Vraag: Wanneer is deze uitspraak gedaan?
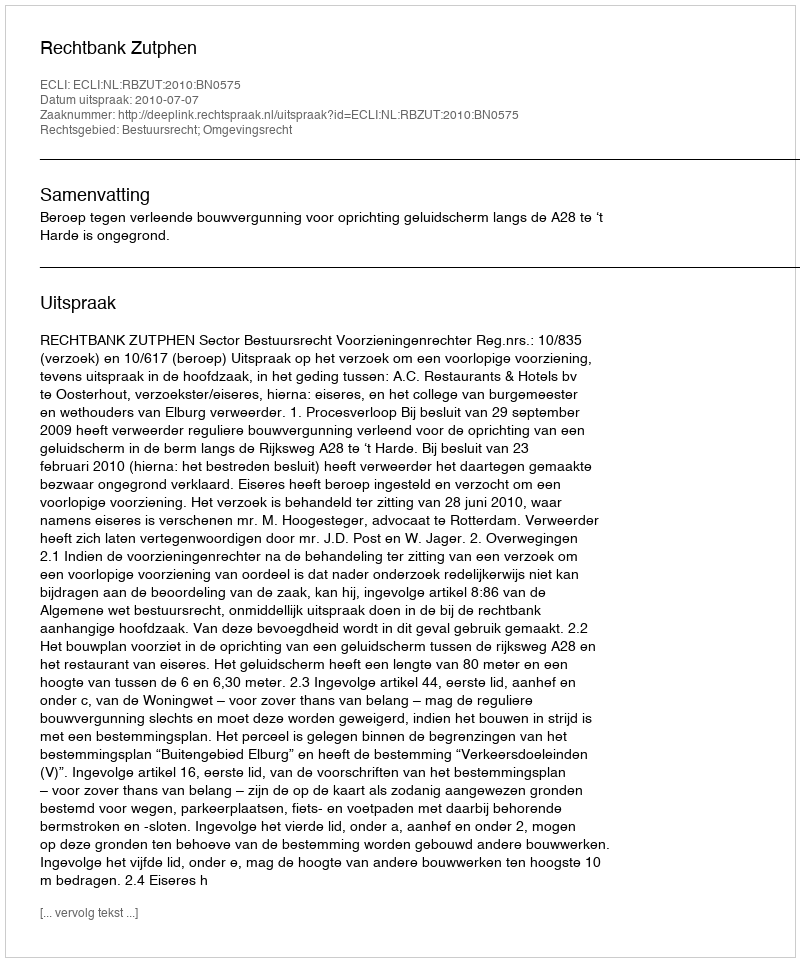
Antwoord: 2010-07-07